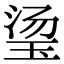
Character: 𬍡